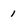
Character: 1